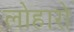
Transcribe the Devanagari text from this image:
लोहारो